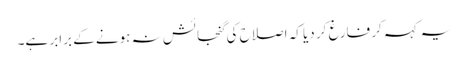
یہ کہہ کر فارغ کر دیا کہ اصلاح کی گنجائش نہ ہونے کے برابر ہے۔